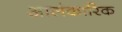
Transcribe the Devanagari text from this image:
आलंकारिक